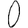
Digit: 0